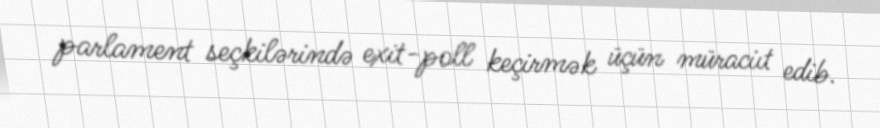
parlament seçkilərində exit-poll keçirmək üçün müraciıt edib.